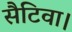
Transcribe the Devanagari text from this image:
सैटिवा।